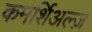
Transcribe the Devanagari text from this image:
कमर्शिअल्ज़